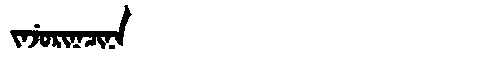
Manchu: ᠵᠠᠵᡠᡵᡳᠨᠠᠴᡳᠨᠠ
Romanization: JAJURINACINA